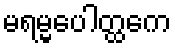
မရမ္မပေါတ္ထကေ